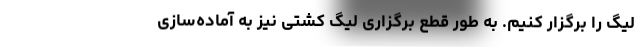
لیگ را برگزار کنیم. به طور قطع برگزاری لیگ کشتی نیز به آماده‌سازی